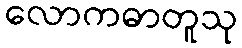
လောကဓာတူသု